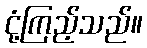
ငုံ့ကြည့်သည်။